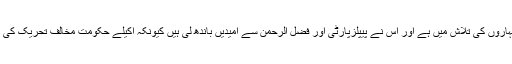
ذرائع کے مطابق ن لیگ سبکی سے بچنے کے لئے سہاروں کی تلاش میں ہے اور اس نے پیپلزپارٹی اور فضل الرحمن سے امیدیں باندھ لی ہیں کیونکہ اکیلے حکومت مخالف تحریک کی اہم پارٹی رہنماں کیطرف سے مخالفت کی جا رہی ہے۔